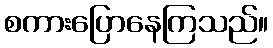
စကားပြောနေကြသည်။